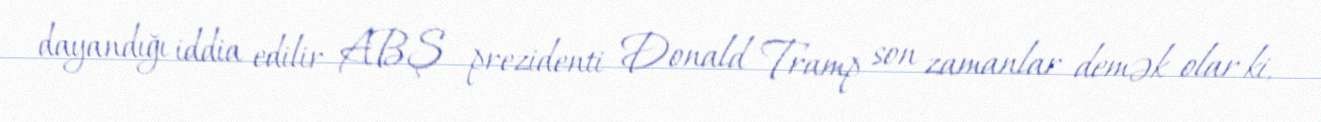
dayandığı iddia edilir ABŞ prezidenti Donald Tramp son zamanlar demək olar ki,